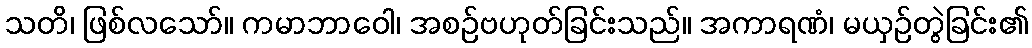
သတိ၊ ဖြစ်လသော်။ ကမာဘာဝေါ၊ အစဉ်ဗဟုတ်ခြင်းသည်။ အကာရဏံ၊ မယှဉ်တွဲခြင်း၏